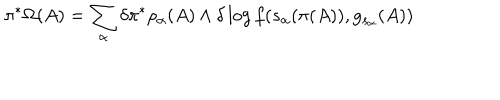
\pi ^ { \ast } \Omega ( A ) = \sum _ { \alpha } \delta \pi ^ { \ast } \rho _ { \alpha } ( A ) \wedge \delta \log f ( s _ { \alpha } ( \pi ( A ) ) , g _ { s _ { \alpha } } ( A ) )